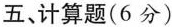
五、计算题（6 分）